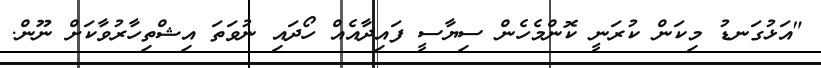
"އަޅުގަނޑު މިކަން ކުރަނީ ކޮންމެހެން ސިޔާސީ ފައިދާއެއް ހޯދައި ނުވަތަ އިޝްތިހާރުވާކަށް ނޫން.